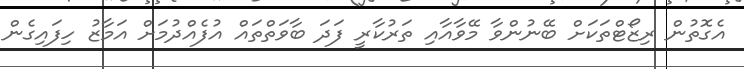
އެގޮތުން ރިޒޯޓްތަކަށް ބޭނުންވާ މޭވާއާއި ތަރުކާރީ ފަދަ ބާވަތްތައް އުފެއްދުމަށް އަމާޒު ހިފައިގެން